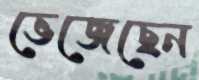
ভেজেছেন